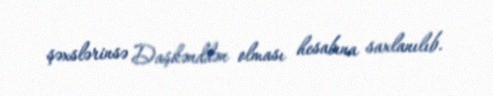
şəxslərinsə Daşkənddən olması hesabına saxlanılıb.